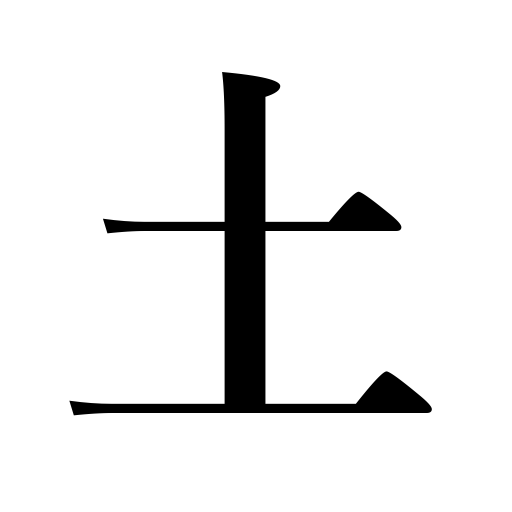
Meanings: Turkey,ground,Saturday,soil,earth